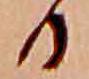
る